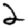
Digit: 2